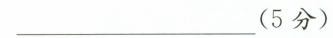
___（5分）